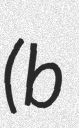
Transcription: (b